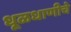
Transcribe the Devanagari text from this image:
धूळधाणीचे